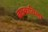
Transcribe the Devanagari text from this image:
बळकाविला